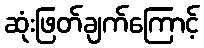
ဆုံးဖြတ်ချက်ကြောင့်